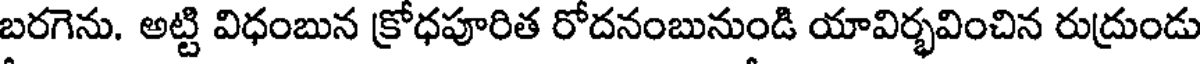
బరగెను. అట్టి విధంబున క్రోధపూరిత రోదనంబునుండి యావిర్భవించిన రుద్రుండు